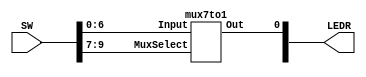
 module mux7to1FPGA(SW, LEDR);
    // Use the FPGA switches as input and an LED as output
    input [9:0] SW;
    output [9:0] LEDR;

    // Instantiating a mux and connecting it to hardware ports
    mux7to1 m1(
        .Input(SW[6:0]),
        .MuxSelect(SW[9:7]),
        .Out(LEDR[0])
    );
 endmodule // mux7to1FPGA
 
 
 module mux7to1(Input, MuxSelect, Out);
    // 7-bit input, 3-bit select input
    input [6:0] Input;
    input [2:0] MuxSelect;
    output Out;

    reg Out;
    always @(*) 
    begin
        // Determines which input is outputted using the select switches
        case (MuxSelect[2:0])
            3'b000: Out = Input[0];
            3'b001: Out = Input[1];
            3'b010: Out = Input[2];
            3'b011: Out = Input[3];
            3'b100: Out = Input[4];
            3'b101: Out = Input[5];
            3'b110: Out = Input[6];
            default: Out = 1'b0;
        endcase
    end
 endmodule // mux7to1